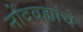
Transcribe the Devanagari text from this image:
नोंदवह्यांचे